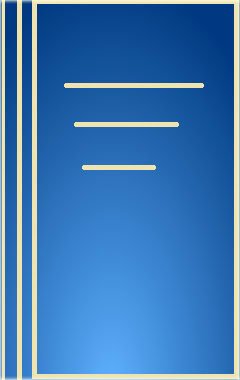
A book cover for Islamic Art & Patronage: Treasures from Kuwait; Travel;